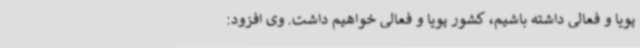
پویا و فعالی داشته باشیم، کشور پویا و فعالی خواهیم داشت. وی افزود: